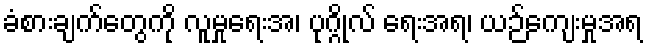
ခံစားချက်တွေကို လူမှုရေးအ၊ ပုဂ္ဂိုလ် ရေးအရ၊ ယဉ်ကျေးမှုအရ